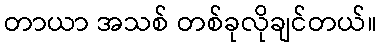
တာယာ အသစ် တစ်ခုလိုချင်တယ်။